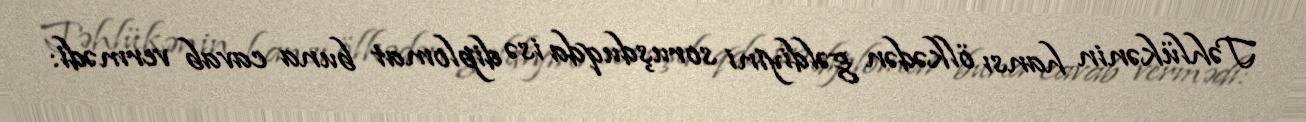
Təhlükənin hansı ölkədən gəldiyini soruşduqda isə diplomat buna cavab vermədi: